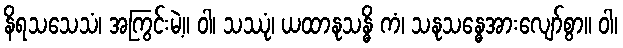
နိရသသေသံ၊ အကြွင်းမဲ့။ ဝါ၊ သဿုံ၊ ယထာနုသန္ဓိ ကံ၊ သနုသန္ဓေအားလျော်စွာ။ ဝါ၊